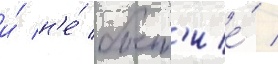
и́ н'е́ быт'ие́ /